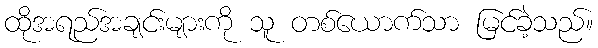
ထိုအရည်အချင်းများကို သူ တစ်ယောက်သာ မြင်ခဲ့သည်။